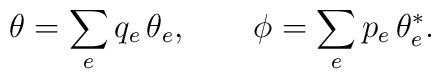
\theta=\sum_eq_e\,\theta_e,\qquad\phi=\sum_ep_e\,\theta_e^*.